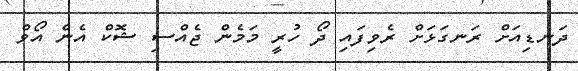
ދަނޑިއަށް ރަނގަޅަށް ރެވިފައި ދޯ ހުރީ މަމެން ޖެއްސި ޝޮކް އެން އޯވް